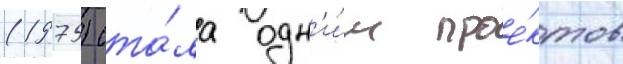
(1975) ста́ла одн'и́м прое́ктов